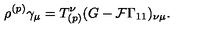
\rho ^ { ( p ) } \gamma _ { \mu } = T _ { ( p ) } ^ { \nu } ( G - { \cal F } \Gamma _ { 1 1 } ) _ { \nu \mu } .